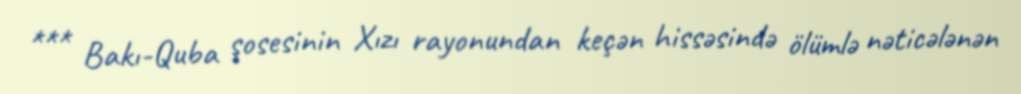
*** Bakı-Quba şosesinin Xızı rayonundan keçən hissəsində ölümlə nəticələnən